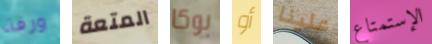
ورقة المتعة بوكا أو علينا الإستمتاع